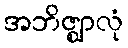
အဘိဇ္ဈာလုံ